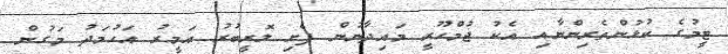
ޓީމުގެ ކުޅުންތެރިންނާއި އެކު ޖުމްހޫރީ މައިދާނުން ފެށި ލޮރީބުރު އަމީރު އަހުމަދު މަގުން